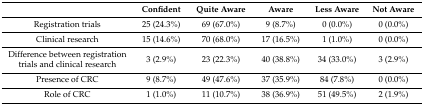
<table><thead><tr><td>[EMPTY_CELL]</td><td><b>Confident</b></td><td><b>Quite Aware</b></td><td><b>Aware</b></td><td><b>Less Aware</b></td><td><b>Not Aware</b></td></tr></thead><tbody><tr><td>Registration trials</td><td>25 (24.3%)</td><td>69 (67.0%)</td><td>9 (8.7%)</td><td>0 (0.0%)</td><td>0 (0.0%)</td></tr><tr><td>Clinical research</td><td>15 (14.6%)</td><td>70 (68.0%)</td><td>17 (16.5%)</td><td>1 (1.0%)</td><td>0 (0.0%)</td></tr><tr><td>Difference between registration trials and clinical research</td><td>3 (2.9%)</td><td>23 (22.3%)</td><td>40 (38.8%)</td><td>34 (33.0%)</td><td>3 (2.9%)</td></tr><tr><td>Presence of CRC</td><td>9 (8.7%)</td><td>49 (47.6%)</td><td>37 (35.9%)</td><td>84 (7.8%)</td><td>0 (0.0%)</td></tr><tr><td>Role of CRC</td><td>1 (1.0%)</td><td>11 (10.7%)</td><td>38 (36.9%)</td><td>51 (49.5%)</td><td>2 (1.9%)</td></tr></tbody></table>